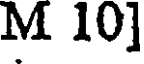
M 10]